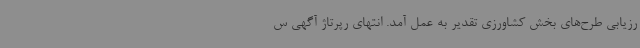
رزیابی طرح‌های بخش کشاورزی تقدیر به عمل آمد. انتهای رپرتاژ آگهی س